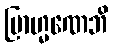
ဗြာဟ္မဏေဘိ